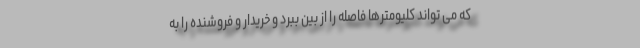
که می تواند کلیومترها فاصله را از بین ببرد و خریدار و فروشنده را به